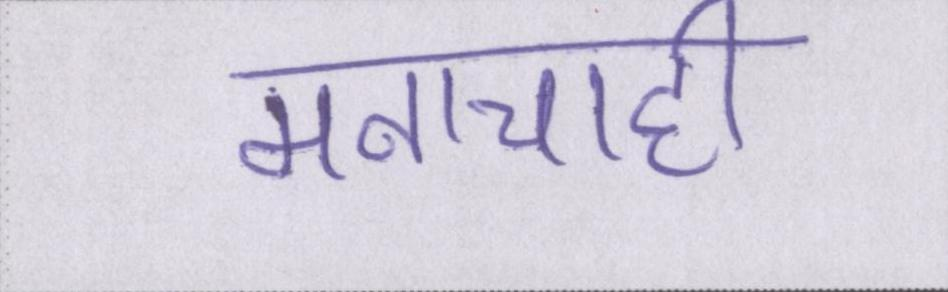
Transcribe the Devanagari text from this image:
मनाचाही